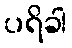
ပရိခါ